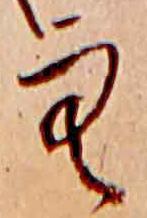
空